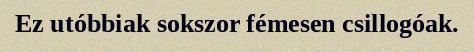
Ez utóbbiak sokszor fémesen csillogóak.